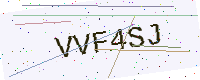
Text: VVF4SJ